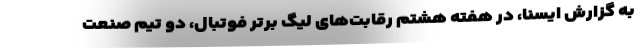
به گزارش ایسنا، در هفته هشتم رقابت‌های لیگ برتر فوتبال، دو تیم صنعت